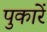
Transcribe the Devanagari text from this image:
पुकारें